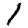
Digit: 1